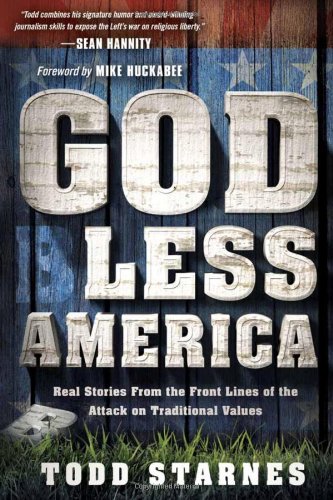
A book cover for God Less America: Real Stories From the Front Lines of the Attack on Traditional Values; Todd Starnes; Christian Books & Bibles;